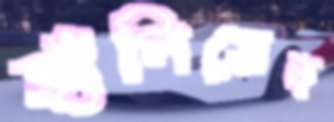
হাঁপিয়েছ